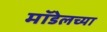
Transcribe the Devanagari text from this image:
मॉडेलच्या